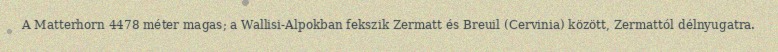
A Matterhorn 4478 méter magas; a Wallisi-Alpokban fekszik Zermatt és Breuil (Cervinia) között, Zermattól délnyugatra.